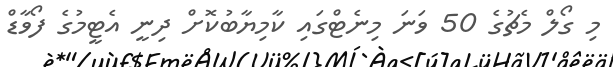
މި ގޯލް މެޗުގެ 50 ވަނަ މިނެޓްގައި ކާމިޔާބުކޮށް ދިނީ އެޓީމުގެ ފޯވާޑް